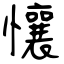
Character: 懹